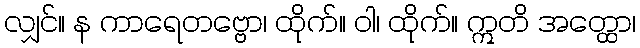
လျှင်။ န ကာရေတဗ္ဗော၊ ထိုက်။ ဝါ၊ ထိုက်။ ဣတိ အတ္ထော၊